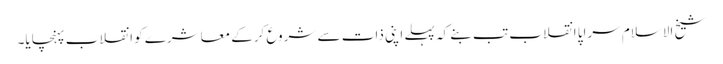
شیخ الاسلام سراپا انقلاب تب بنے کہ پہلے اپنی ذات سے شروع کرکے معاشرے کو انقلاب پہنچایا۔